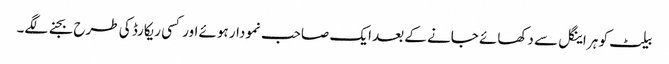
بیلٹ کو ہر اینگل سے دکھائے جانے کے بعد ایک صاحب نمودار ہوئے اور کسی ریکارڈ کی طرح بجنے لگے۔